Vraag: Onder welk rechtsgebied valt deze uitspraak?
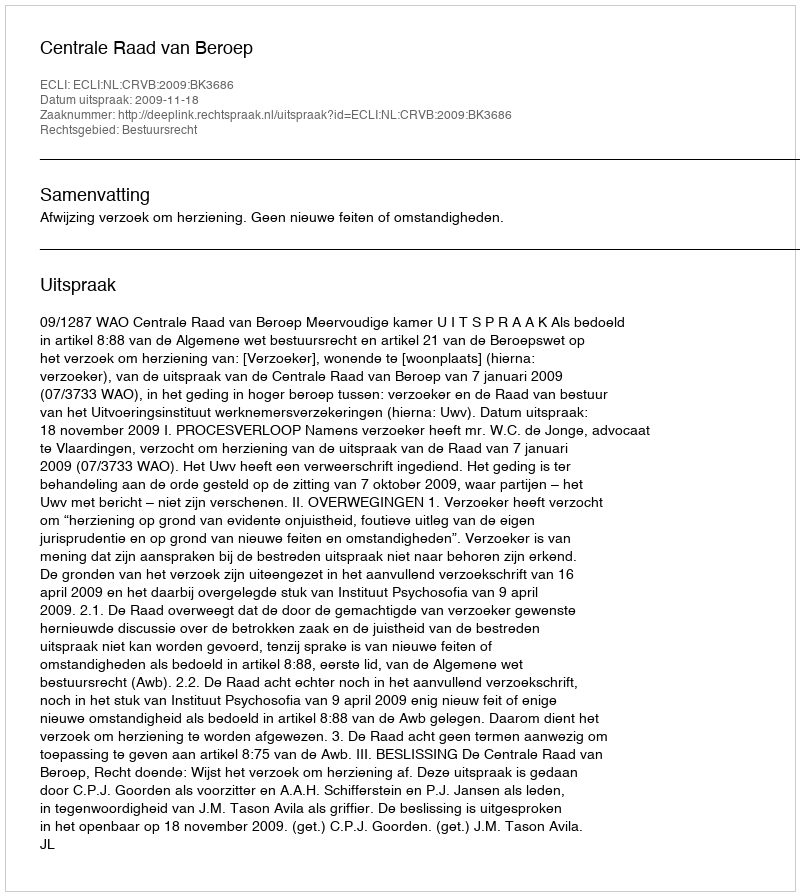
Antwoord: Bestuursrecht